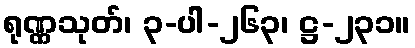
ရုဏ္ဏသုတ်၊ ၃-ပါ-၂၆၃၊ ဋ္ဌ-၂၃၁။